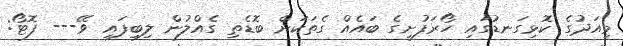
މިއަދުގެ ކޮޅިގަނޑުގައި ހޯރަފުށީގެ ބައެއް ގެތަކަށް ބޮޑެތި ގެއްލުން ލިބިފައި ވޭ--- ފޮޓޯ: